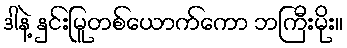
ဒါနဲ့ နှင်းမြူတစ်ယောက်ကော ဘကြီးမိုး။